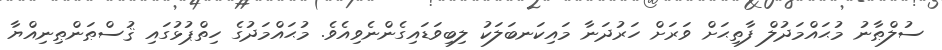
ސުލްޠާނު މުޙައްމަދުލް ފާތިޙަށް ވަރަށް ހަރުދަނާ މައިކަނބަލަކު ލިބިވަޑައިގެންނެވިއެވެ. މުޙައްމަދުގެ ހިތްޕުޅުގައި ޤުސްޠަންޠިނިއްޔާ